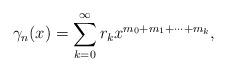
LaTeX: \begin{align*} \gamma_n(x) = \sum\limits_{k=0}^{\infty} r_kx^{m_{0}+m_{1}+\cdots+m_k}, \end{align*}